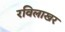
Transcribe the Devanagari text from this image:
रविलाखर